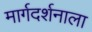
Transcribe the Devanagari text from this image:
मार्गदर्शनाला